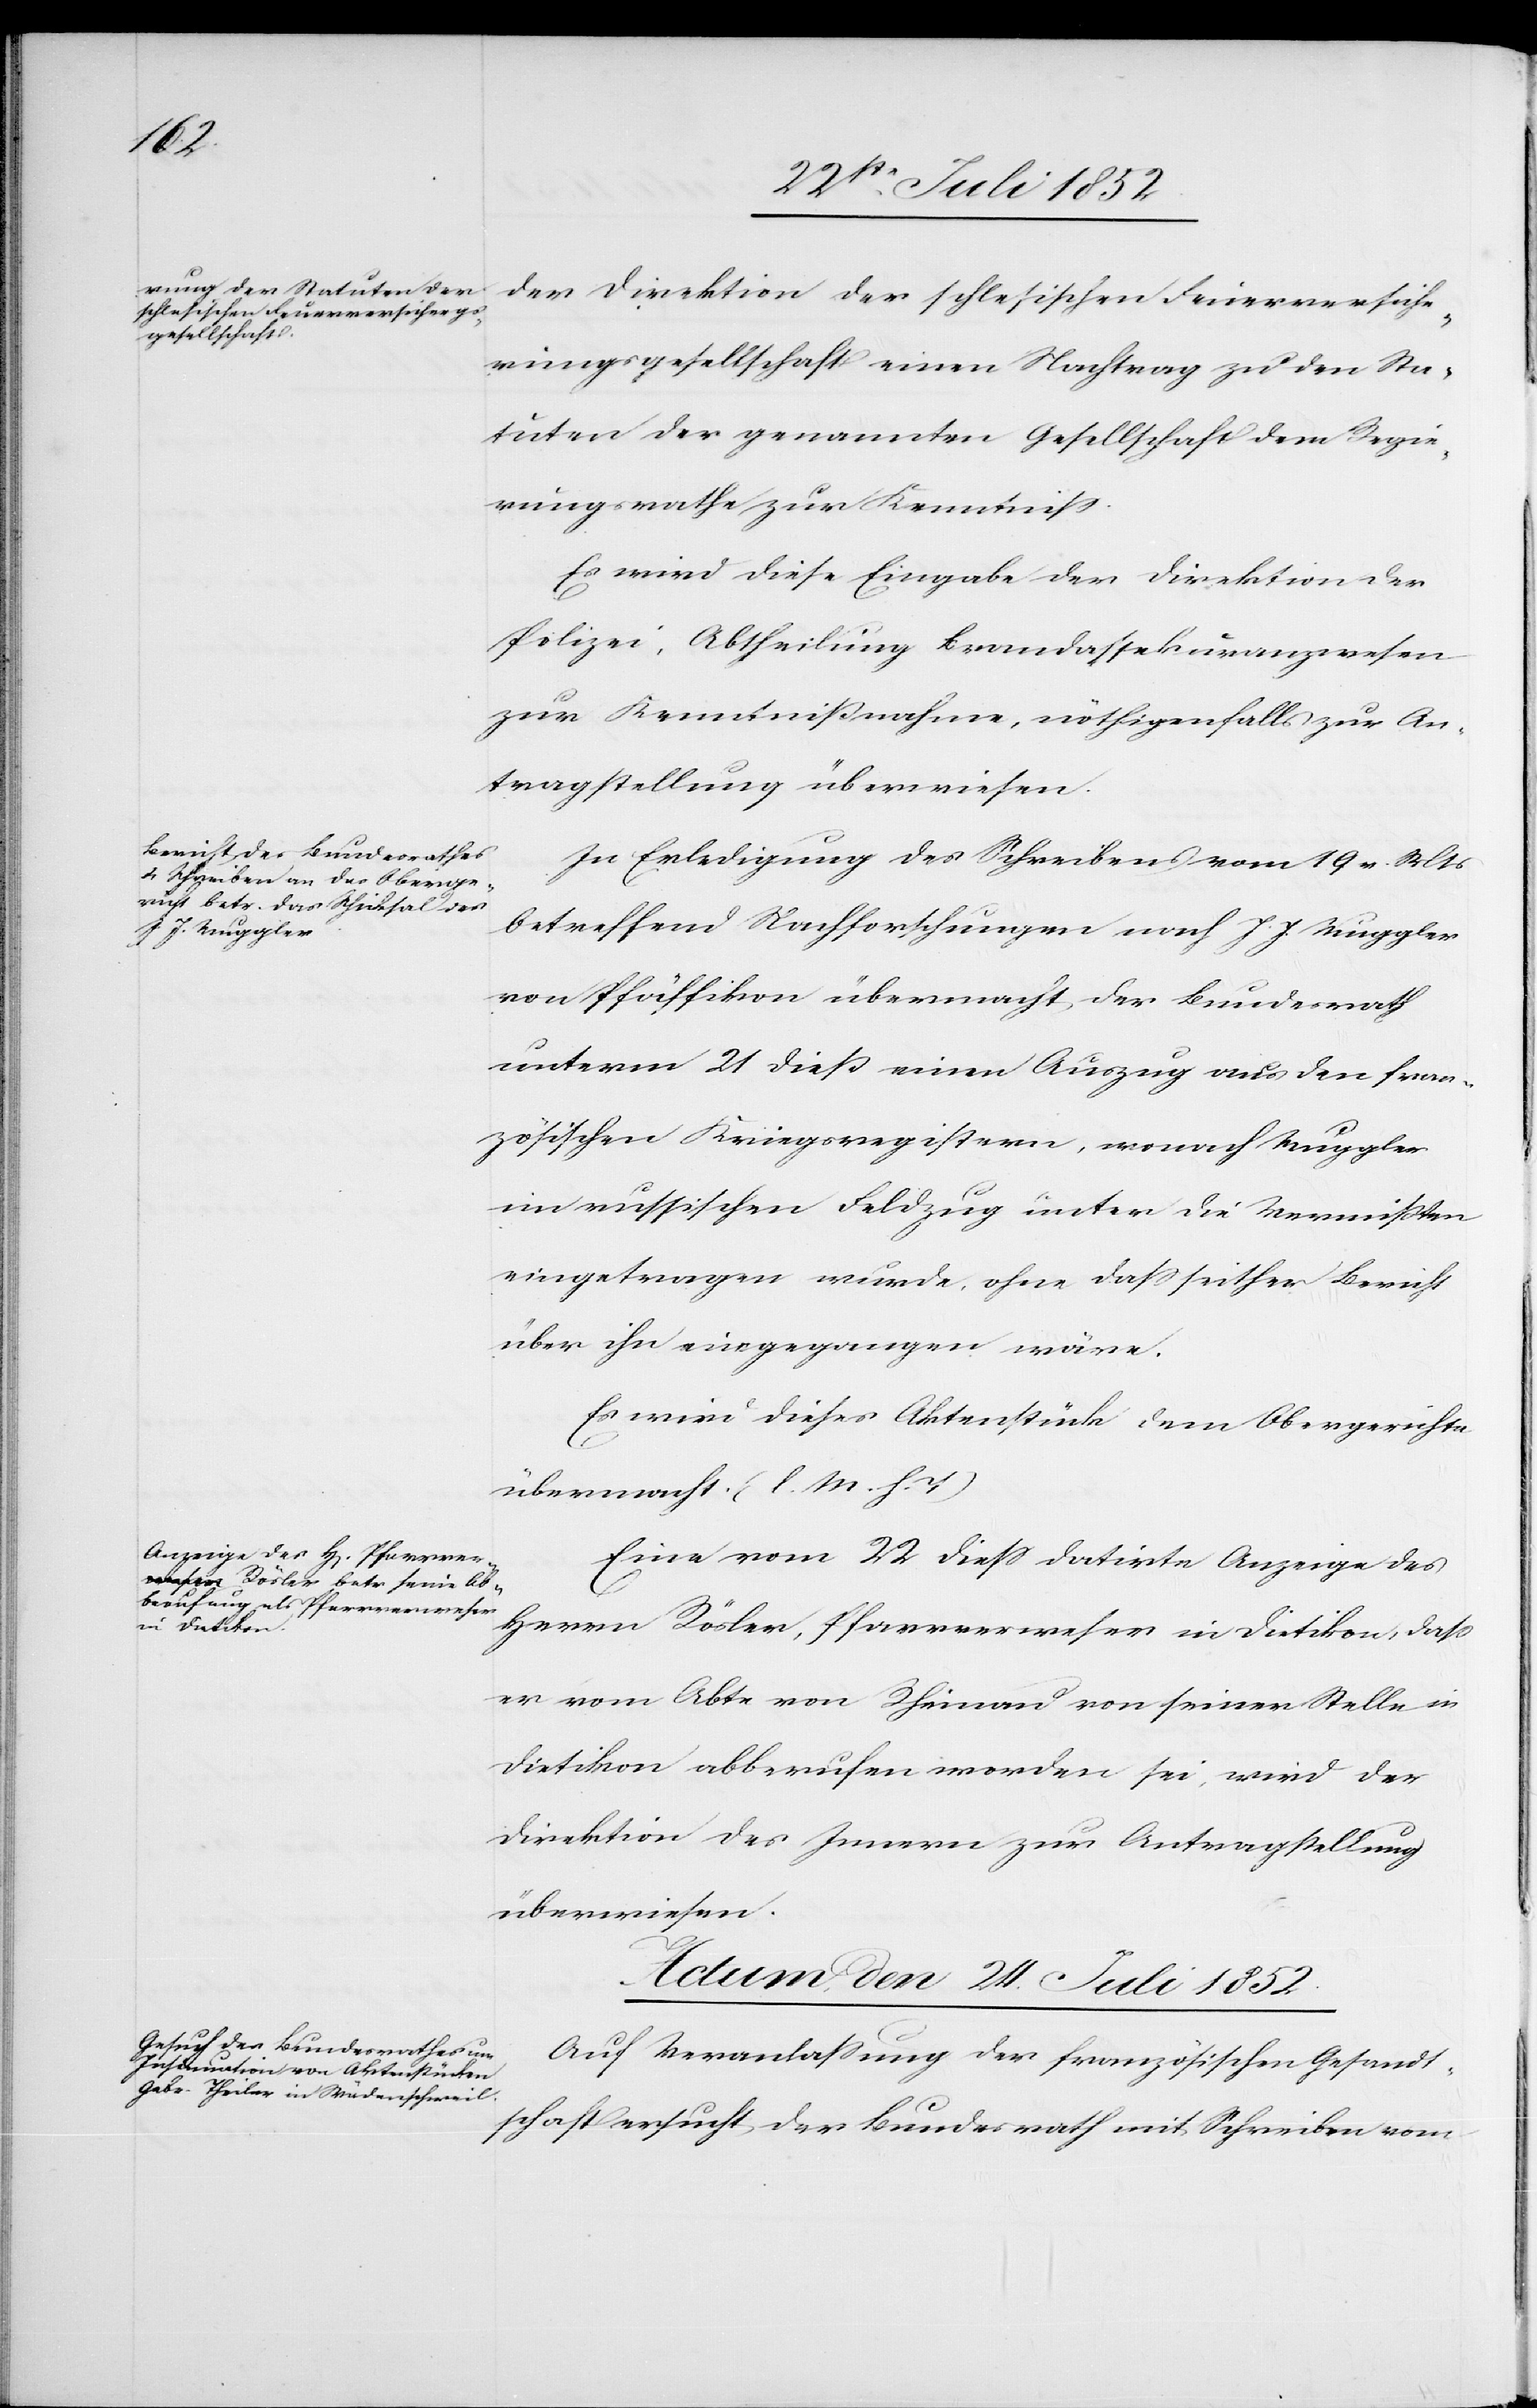
der Direktion der schlesischen Feuerversiche¬
rungsgesellschaft einen Nachtrag zu den Sta¬
tuten der genannten Gesellschaft dem Regie¬
rungsrathe zur Kenntniss.
Es wird diese Eingabe der Direktion der
Polizei, Abtheilung Brandassekuranzwesen
zur Kenntnißnahme, nöthigenfalls zur An¬
tragstellung überwiesen.
In Erledigung des Schreibens vom 19 v. Mts
betreffend Nachforschungen nach J. J. Muggler
von Pfäffikon übermacht der Bundesrath
unterm 21 dieß einen Auszug aus den fran¬
zösischen Kriegsregistern, wonach Muggler
im russischen Feldzug unter die Vermißten
eingetragen wurde, ohne dass seither Bericht
über ihn eingegangen wäre.
Es wird dieses Aktenstücke dem Obergerichte
übermacht. (l. M. h. T)
Eine vom 22 diess datirte Anzeige des
Herrn Rösler, Pfarrverweser in Dietikon, dass
er vom Abte von Rheinau von seiner Stelle in
Dietikon abberufen worden sei, wird der
Direktion des Innern zur Antragstellung
überwiesen.
Actum, den 24. Juli 1852.
Auf Veranlassung der französischen Gesandt¬
schaft ersucht der Bundesrath mit Schreiben vom